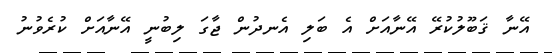
އޭނާ ޤަބޫލުކުރޭ އޭނާއަށް އެ ބަލި އެނދުން ޖާގަ ލިބުނީ އޭނާއަށް ކުރެވުނު